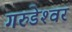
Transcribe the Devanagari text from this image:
गरुडेश्‍वर